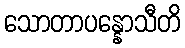
သောတာပန္နောသီတိ